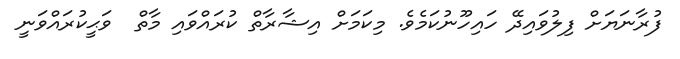
ފުރާނަޔަށް ފިލުވައިދޭ ހައިހޫނުކަމެވެ. މިކަމަށް އިޝާރާތް ކުރައްވައި މާތް  ވަޙީކުރައްވަނީ